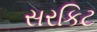
સરકિટ